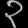
Digit: ၃